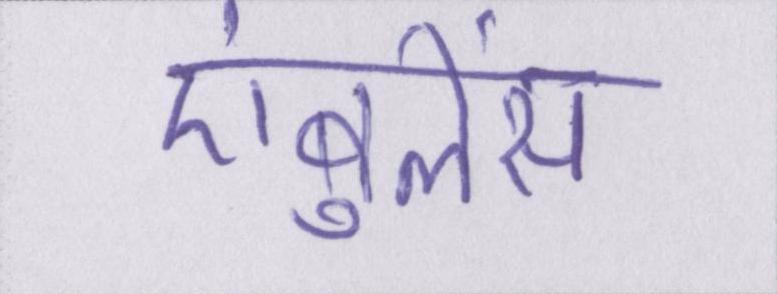
एंबुलेंस